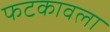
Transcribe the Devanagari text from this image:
फटकावला